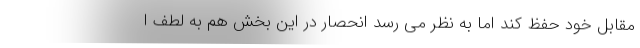
مقابل خود حفظ کند اما به نظر می رسد انحصار در این بخش هم به لطف ا